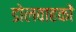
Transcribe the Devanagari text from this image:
डोलवाहकों